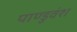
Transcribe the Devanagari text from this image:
पाण्डुवंश